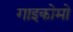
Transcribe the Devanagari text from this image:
गाइकोमो